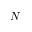
N